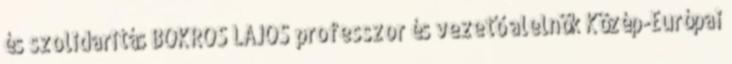
és szolidaritás BOKROS LAJOS professzor és vezető alelnök Közép-Európai